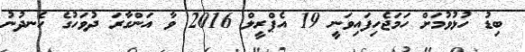
ބިޑު ހުޅުވުމަށް ހަމަޖެހިފައިވަނީ 19 އެޕްރީލް 2016 ވާ އަންގާރަ ދުވަހުގެ ހެނދުނު